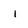
Character: I